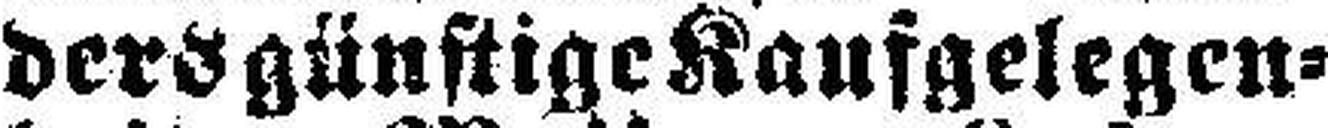
ders günstige Kaufgelegen¬